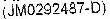
(JM0292487-D)